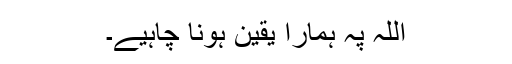
اللہ پہ ہمارا یقین ہونا چاہیے۔